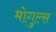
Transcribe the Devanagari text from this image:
मोगुल्स